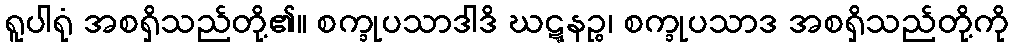
ရူပါရုံ အစရှိသည်တို့၏။ စက္ခုပသာဒါဒိ ဃဋ္ဋနဉ္စ၊ စက္ခုပသာဒ အစရှိသည်တို့ကို